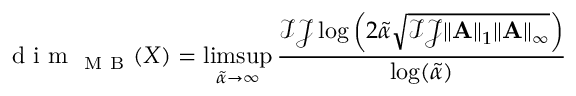
\mathrm { ~ d ~ i ~ m ~ } _ { \mathrm { ~ M ~ B ~ } } ( X ) = \operatorname* { l i m s u p } _ { \tilde { \alpha } \rightarrow \infty } \frac { \mathcal { I } \mathcal { J } \log \left( 2 \tilde { \alpha } \sqrt { \mathcal { I } \mathcal { J } \| \mathbf { A } \| _ { 1 } \| \mathbf { A } \| _ { \infty } } \right) } { \log ( \tilde { \alpha } ) }